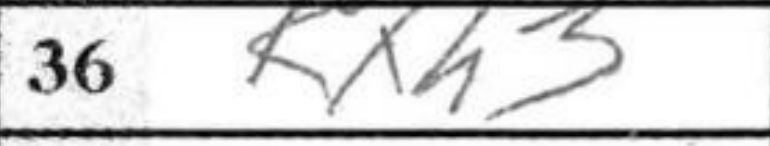
Transcription: Kxh3